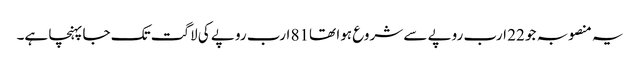
یہ منصوبہ جو 22 ارب روپے سے شروع ہوا تھا81 ارب روپے کی لاگت تک جا پہنچا ہے۔